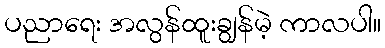
ပညာရေး အလွန်ထူးချွန်မဲ့ ကာလပါ။